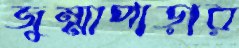
জুম্মাপাড়ার